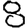
Digit: 8